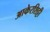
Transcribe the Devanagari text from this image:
आकेरशिट्टी